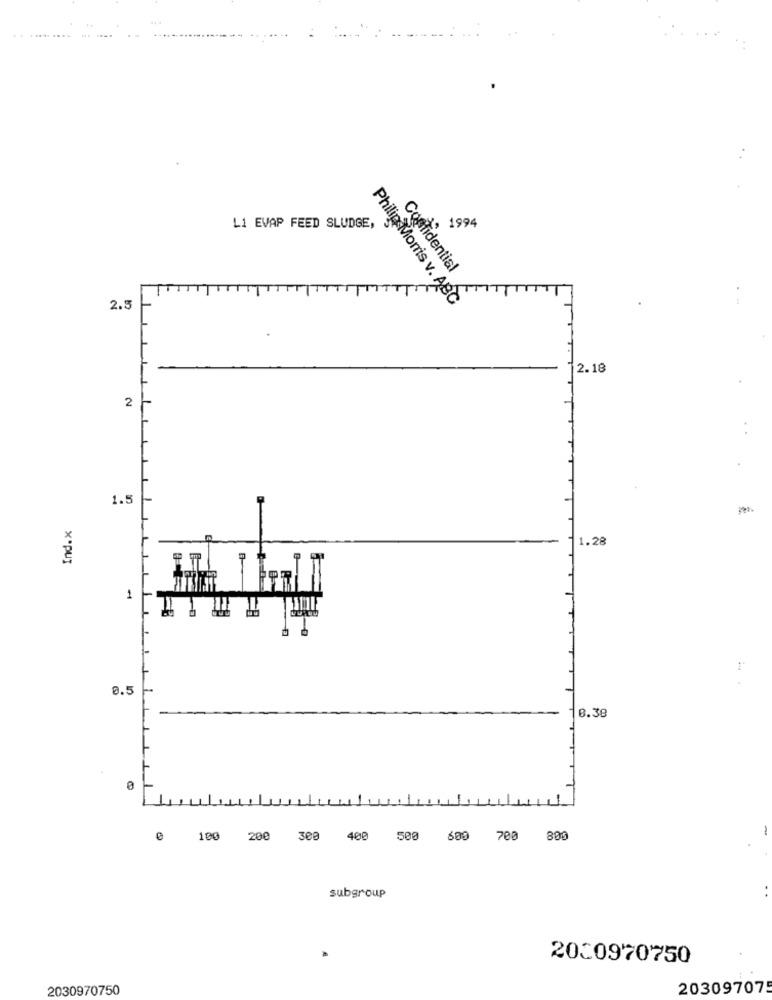
...... ....
1994
L1 EVAP FEED SLUDGE,
Confidential
2.5
Philip Morris v. ABC
2.18
2
1.5
1.28
x*PUT
1
1
0.5
..
10.38
0
100 200 300 400 500 600 700 800
subgroup
2030970750
2030970750
203097075